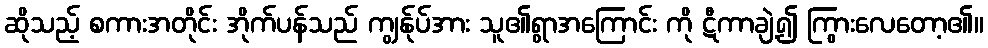
ဆိုသည့် စကားအတိုင်း အိုက်ပန်သည် ကျွန်ုပ်အား သူ၏ရွာအကြောင်း ကို ဋီကာချဲ့၍ ကြွားလေတော့၏။